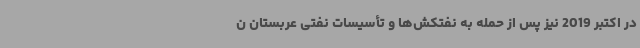
در اکتبر 2019 نیز پس از حمله به نفتکش‌ها و تأسیسات نفتی عربستان ن